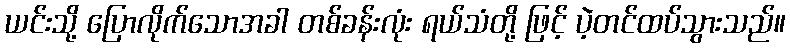
ယင်းသို့ ပြောလိုက်သောအခါ တစ်ခန်းလုံး ရယ်သံတို့ ဖြင့် ပဲ့တင်ထပ်သွားသည်။